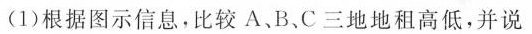
(1)根据图示信息，比较A.B.C三地地租高低，并说